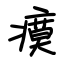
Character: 瘼